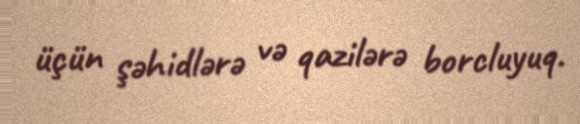
üçün şəhidlərə və qazilərə borcluyuq.